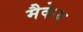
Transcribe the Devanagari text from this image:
मैकेय